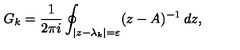
G _ { k } = \frac { 1 } { 2 \pi i } \oint _ { | z - \lambda _ { k } | = \varepsilon } ( z - A ) ^ { - 1 } \: d z ,